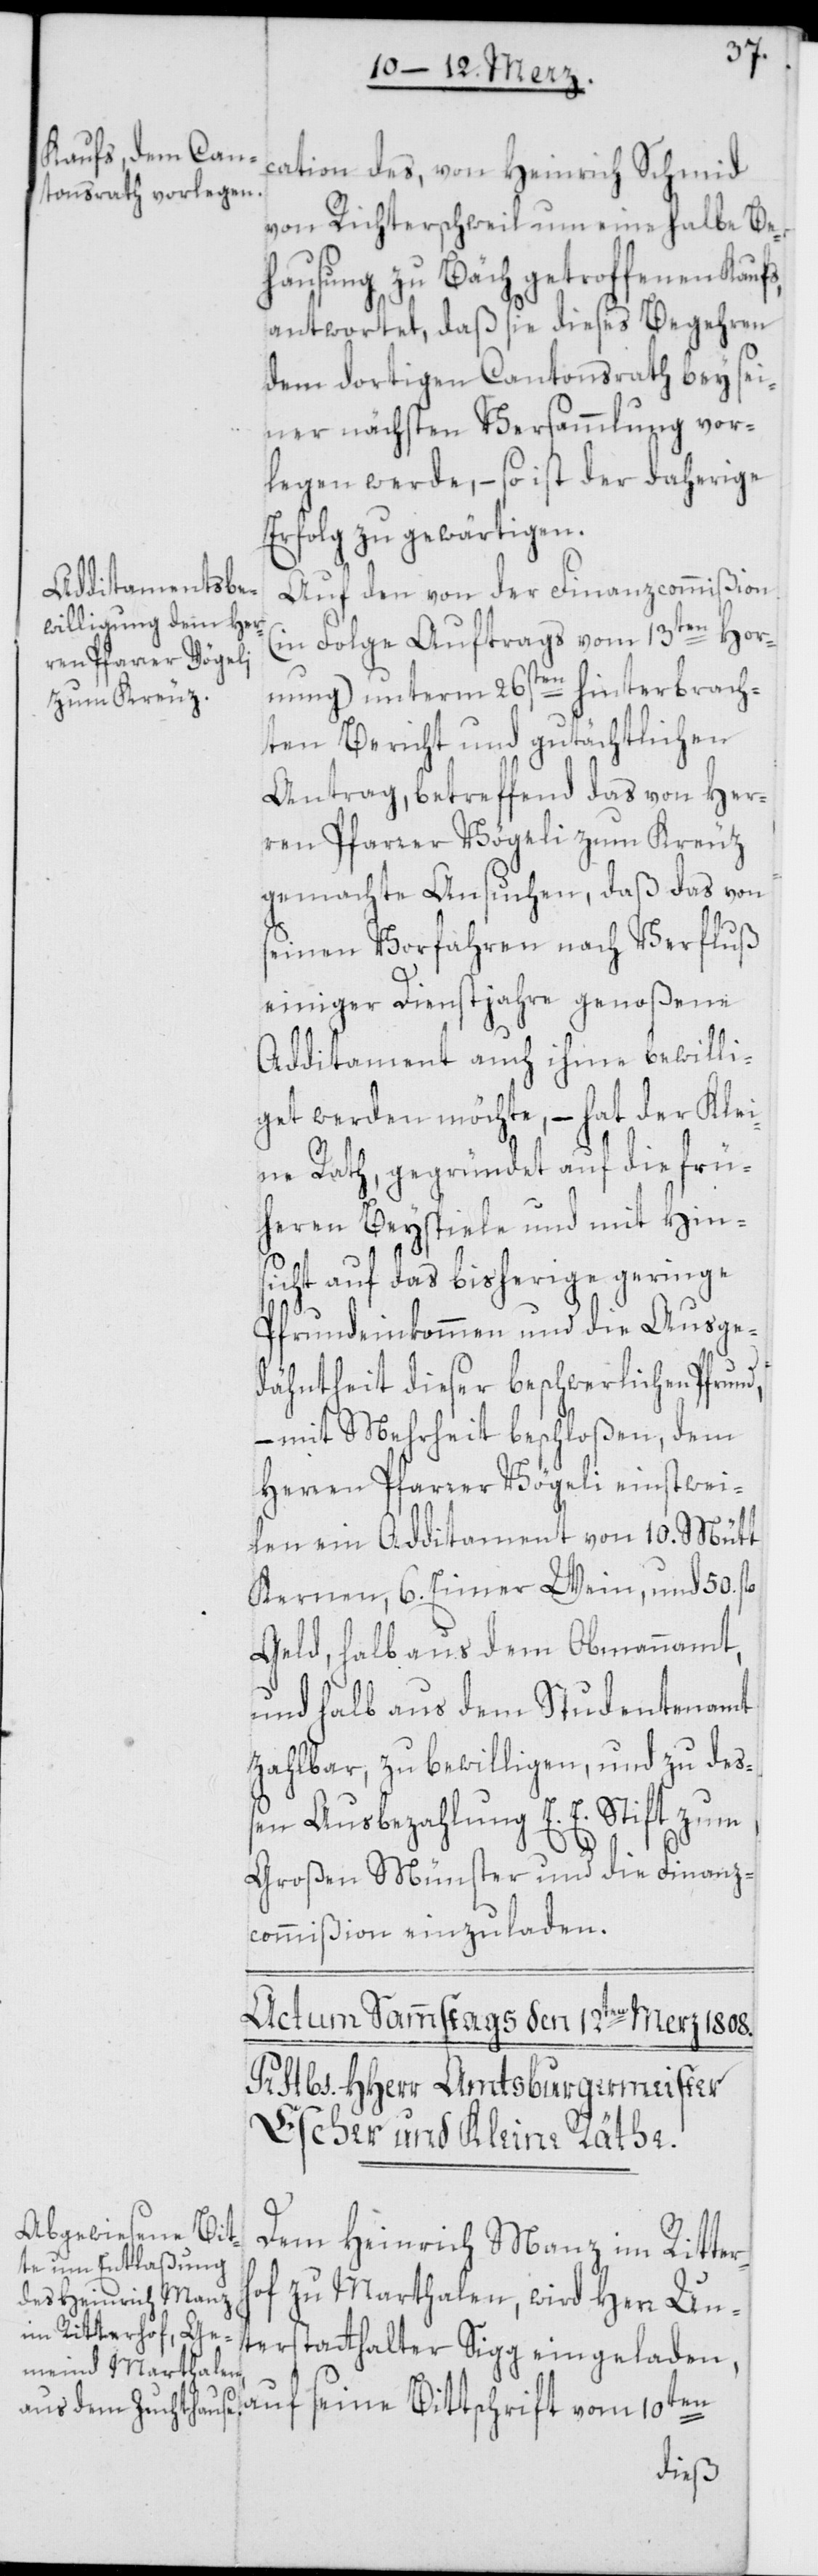
cation des, von Heinrich Schmid
von Richterschweil um eine halbe Be¬
hausung zu Bäch getroffenen Kauf¬
antwortet, daß sie dieses Begehren
dem dortigen Cantonsrath bey sei¬
ner nächsten Versammlung vor¬
legen werde, – so ist der daherige
Erfolg zu gewärtigen.
Auf den von der Finanzcommißion
(in Folge Auftrags vom 13ten Hor¬
nung) unterm 26sten hinterbrach¬
ten Bericht und gutächtlichen
Antrag, betreffend das von Her¬
ren Pfarrer Vögeli zum Kreuz
gemachte Ansuchen, daß das von
seinen Vorfahren nach Verfluß
einiger Dienstjahre genoßene
Additament auch ihme bewilli¬
get werden möchte, – hat der Klei¬
ne Rath, gegründet auf die frü¬
heren Beyspiele und mit Hin¬
sicht auf das bisherige geringe
Pfrundeinkommen und die Ausge¬
dähntheit dieser beschwerlichen Pfrun¬
– mit Mehrheit beschloßen, dem
Herren Pfarrer Vögeli einstwei¬
len ein Additament von 10. Mütt
Kernen, 6. Eimer Wein, und 50 fl.
Geld, halb aus dem Obmannamt,
und halb aus dem Studentenamt
zahlbar, zu bewilligen, und zu deß¬
en Ausbezahlung E. E. Stift zum
Großen Münster und die Finanz¬
commißion einzuladen.
Dem Heinrich Manz im Ritter¬
of zu Marthalen, wird Herr Un¬
terstatthalter Sigg eingeladen,
h¬